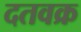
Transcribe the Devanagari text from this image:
दतवक्र